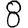
Digit: 8